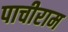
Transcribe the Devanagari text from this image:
पाचीराम